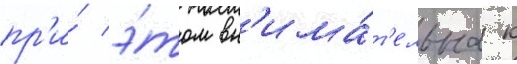
пр'и́ э́том вн'има́т'ельна к